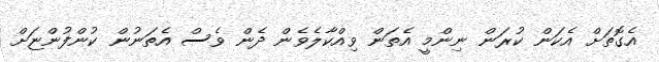
އެގޮތަށް އެކަން ކުރަން ނިންމީ އެތަން ވިއްކާލެވެން ދެން ވެސް އެތަނުން ކުންފުންޏަށް